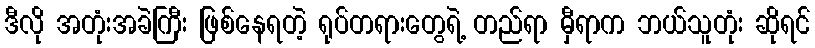
ဒီလို အတုံးအခဲကြီး ဖြစ်နေရတဲ့ ရုပ်တရားတွေရဲ့ တည်ရာ မှီရာက ဘယ်သူတုံး ဆိုရင်